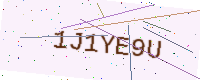
Text: 1J1YE9U